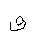
Letter: _qaf